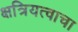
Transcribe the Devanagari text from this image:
क्षत्रियत्वाचा